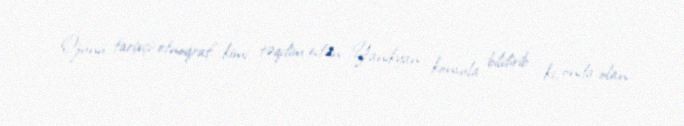
Özünü tarixçi-etnoqraf kimi təqdim edən Yanikyan konsula bildirib ki, onda olan